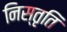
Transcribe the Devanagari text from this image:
निस्तृति